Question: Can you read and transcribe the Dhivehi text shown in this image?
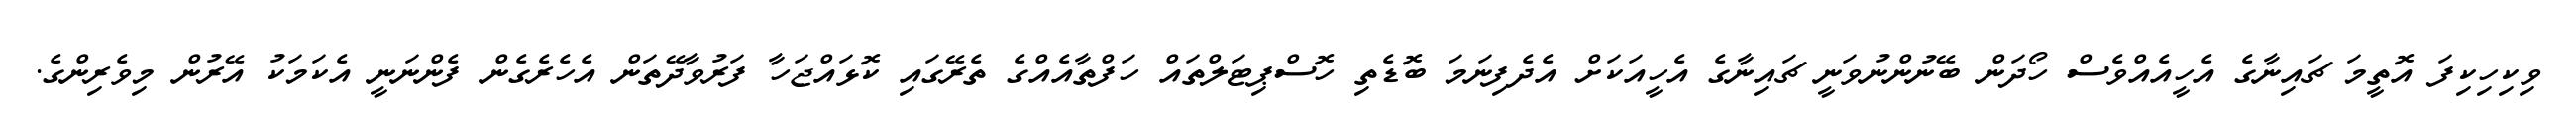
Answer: ވިކިހިކިފަ އޮތީމަ ޗައިނާގެ އެހީއެއްވެސް ހޯދަން ބޭނުންނުވަނީ ޗައިނާގެ އެހީއަކަށް އެދެފިނަމަ ބޮޑެތި ހޮސްޕިޓަލްތައް ހަފްތާއެއްގެ ތެރޭގައި ކޮޅައްޖަހާ ފަރުވާދޭތަން އެހެރެގެން ފެންނަނީ އެކަމަކު އޭރުން މިވެރިންގެ.